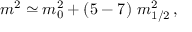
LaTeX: m ^ { 2 } \simeq m _ { 0 } ^ { 2 } + ( 5 - 7 ) ~ m _ { 1 / 2 } ^ { 2 } \, ,